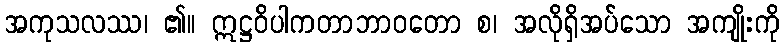
အကုသလဿ၊ ၏။ ဣဋ္ဌဝိပါကတာဘာဝတော စ၊ အလိုရှိအပ်သော အကျိုးကို